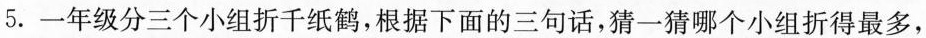
5.一年级分三个小组折千纸鹤，根据下面的三句话，猜一猜哪个小组折得最多，